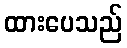
ထားပေသည်